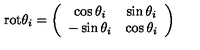
\mathrm { r o t } \theta _ { i } = \left( \begin{array} { c c } { \cos \theta _ { i } } & { \sin \theta _ { i } } \\ { - \sin \theta _ { i } } & { \cos \theta _ { i } } \\ \end{array} \right)